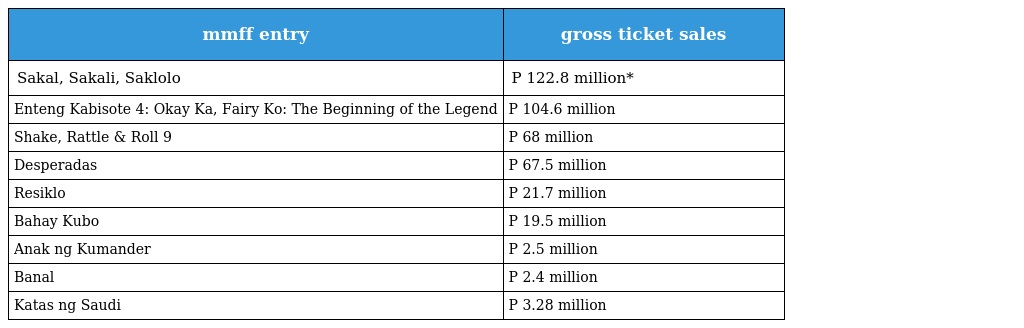
| mmff entry | gross ticket sales |
 | --- | --- |
 | Sakal, Sakali, Saklolo | P 122.8 million* |
 | Enteng Kabisote 4: Okay Ka, Fairy Ko: The Beginning of the Legend | P 104.6 million |
 | Shake, Rattle & Roll 9 | P 68 million |
 | Desperadas | P 67.5 million |
 | Resiklo | P 21.7 million |
 | Bahay Kubo | P 19.5 million |
 | Anak ng Kumander | P 2.5 million |
 | Banal | P 2.4 million |
 | Katas ng Saudi | P 3.28 million |